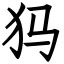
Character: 犸